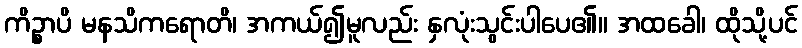
ကိဉ္စာပိ မနသိကရောတိ၊ အကယ်၍မူလည်း နှလုံးသွင်းပါပေ၏။ အထခေါ၊ ထိုသို့ပင်